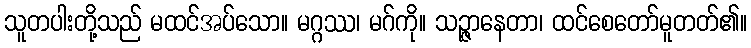
သူတပါးတို့သည် မထင်အပ်သော။ မဂ္ဂဿ၊ မဂ်ကို။ သဉ္ဇာနေတာ၊ ထင်စေတော်မူတတ်၏။